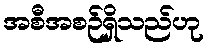
အစီအစဉ်ရှိသည်ဟု